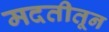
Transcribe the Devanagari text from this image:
मदतीतून